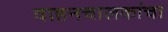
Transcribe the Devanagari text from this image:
वाहनचालकांचा